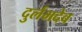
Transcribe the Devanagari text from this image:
दुर्लभदेव